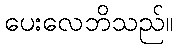
ပေးလေဘိသည်။